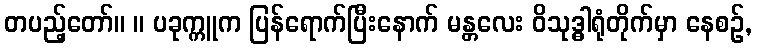
တပည့်တော်။ ။ ပခုက္ကူက ပြန်ရောက်ပြီးနောက် မန္တလေး ဝိသုဒ္ဓါရုံတိုက်မှာ နေစဉ်,